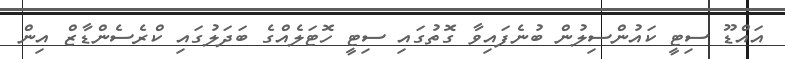
އައްޑޫ ސިޓީ ކައުންސިލުން ބުނެފައިވާ ގޮތުގައި ސިޓީ ހޮޓަލެއްގެ ބަދަލުގައި ކްރެސެންޑާޒް އިން